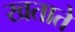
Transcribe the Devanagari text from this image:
खताते